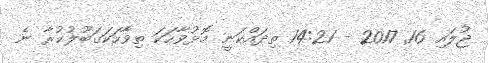
ޖުލައި 16